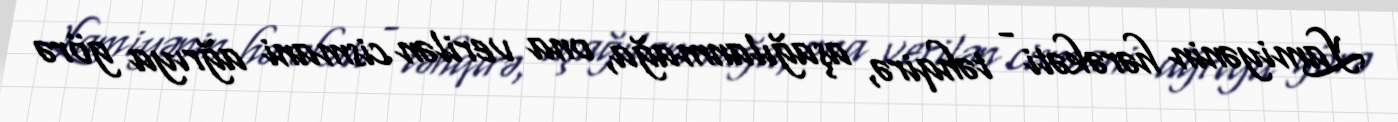
Lamiyənin hərəkəti - təhqirə, aşağılanmağa, ona verilən cismani ağrıya görə